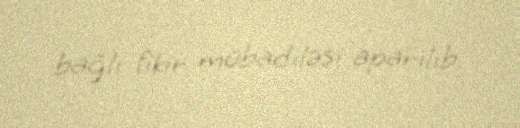
bağlı fikir mübadiləsi aparılıb.